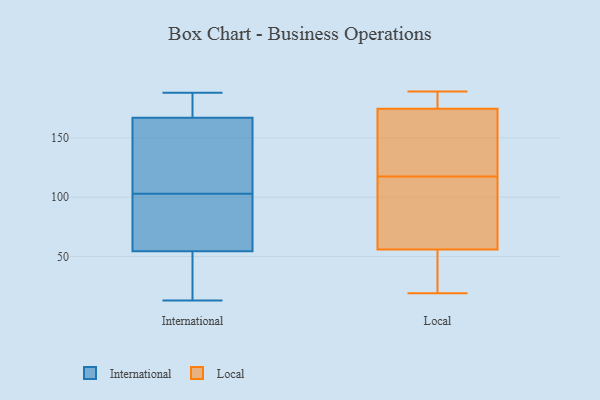
{"axis": {"x": "Shipments", "y": "Value"}, "legend": ["International", "Local"], "data": [{"x": "", "y": 18, "type": "International"}, {"x": "", "y": 180, "type": "International"}, {"x": "", "y": 76, "type": "International"}, {"x": "", "y": 32, "type": "International"}, {"x": "", "y": 112, "type": "International"}, {"x": "", "y": 62, "type": "International"}, {"x": "", "y": 173, "type": "International"}, {"x": "", "y": 103, "type": "International"}, {"x": "", "y": 79, "type": "International"}, {"x": "", "y": 13, "type": "International"}, {"x": "", "y": 188, "type": "International"}, {"x": "", "y": 151, "type": "International"}, {"x": "", "y": 165, "type": "International"}, {"x": "", "y": 137, "type": "Local"}, {"x": "", "y": 183, "type": "Local"}, {"x": "", "y": 69, "type": "Local"}, {"x": "", "y": 170, "type": "Local"}, {"x": "", "y": 135, "type": "Local"}, {"x": "", "y": 43, "type": "Local"}, {"x": "", "y": 74, "type": "Local"}, {"x": "", "y": 185, "type": "Local"}, {"x": "", "y": 30, "type": "Local"}, {"x": "", "y": 179, "type": "Local"}, {"x": "", "y": 189, "type": "Local"}, {"x": "", "y": 168, "type": "Local"}, {"x": "", "y": 19, "type": "Local"}, {"x": "", "y": 186, "type": "Local"}, {"x": "", "y": 93, "type": "Local"}, {"x": "", "y": 95, "type": "Local"}, {"x": "", "y": 29, "type": "Local"}, {"x": "", "y": 37, "type": "Local"}, {"x": "", "y": 145, "type": "Local"}, {"x": "", "y": 100, "type": "Local"}]}